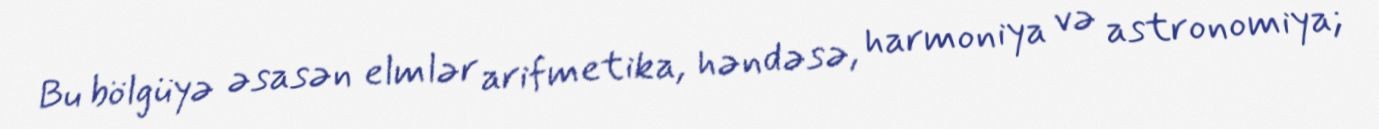
Bu bölgüyə əsasən elmlər arifmetika, həndəsə, harmoniya və astronomiya;